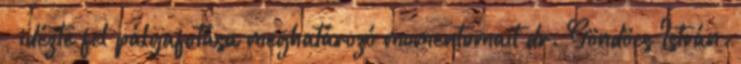
– idézte fel pályafutása meghatározó momentumait dr. Göndöcs István.